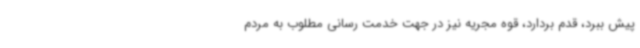
پیش ببرد، قدم بردارد، قوه مجریه نیز در جهت خدمت رسانی مطلوب به مردم